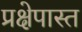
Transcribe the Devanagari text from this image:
प्रक्षेपास्त